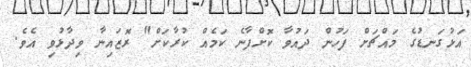
އަޅުގަނޑުގެ މައްޗަށް ފަހުން ދައުވާ ކޮށްފާނެ ކަމެއް ކުރާކަށް" ރޮޒައިނާ ވިދާޅުވި އެވެ.